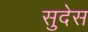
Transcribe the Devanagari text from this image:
सुदेस